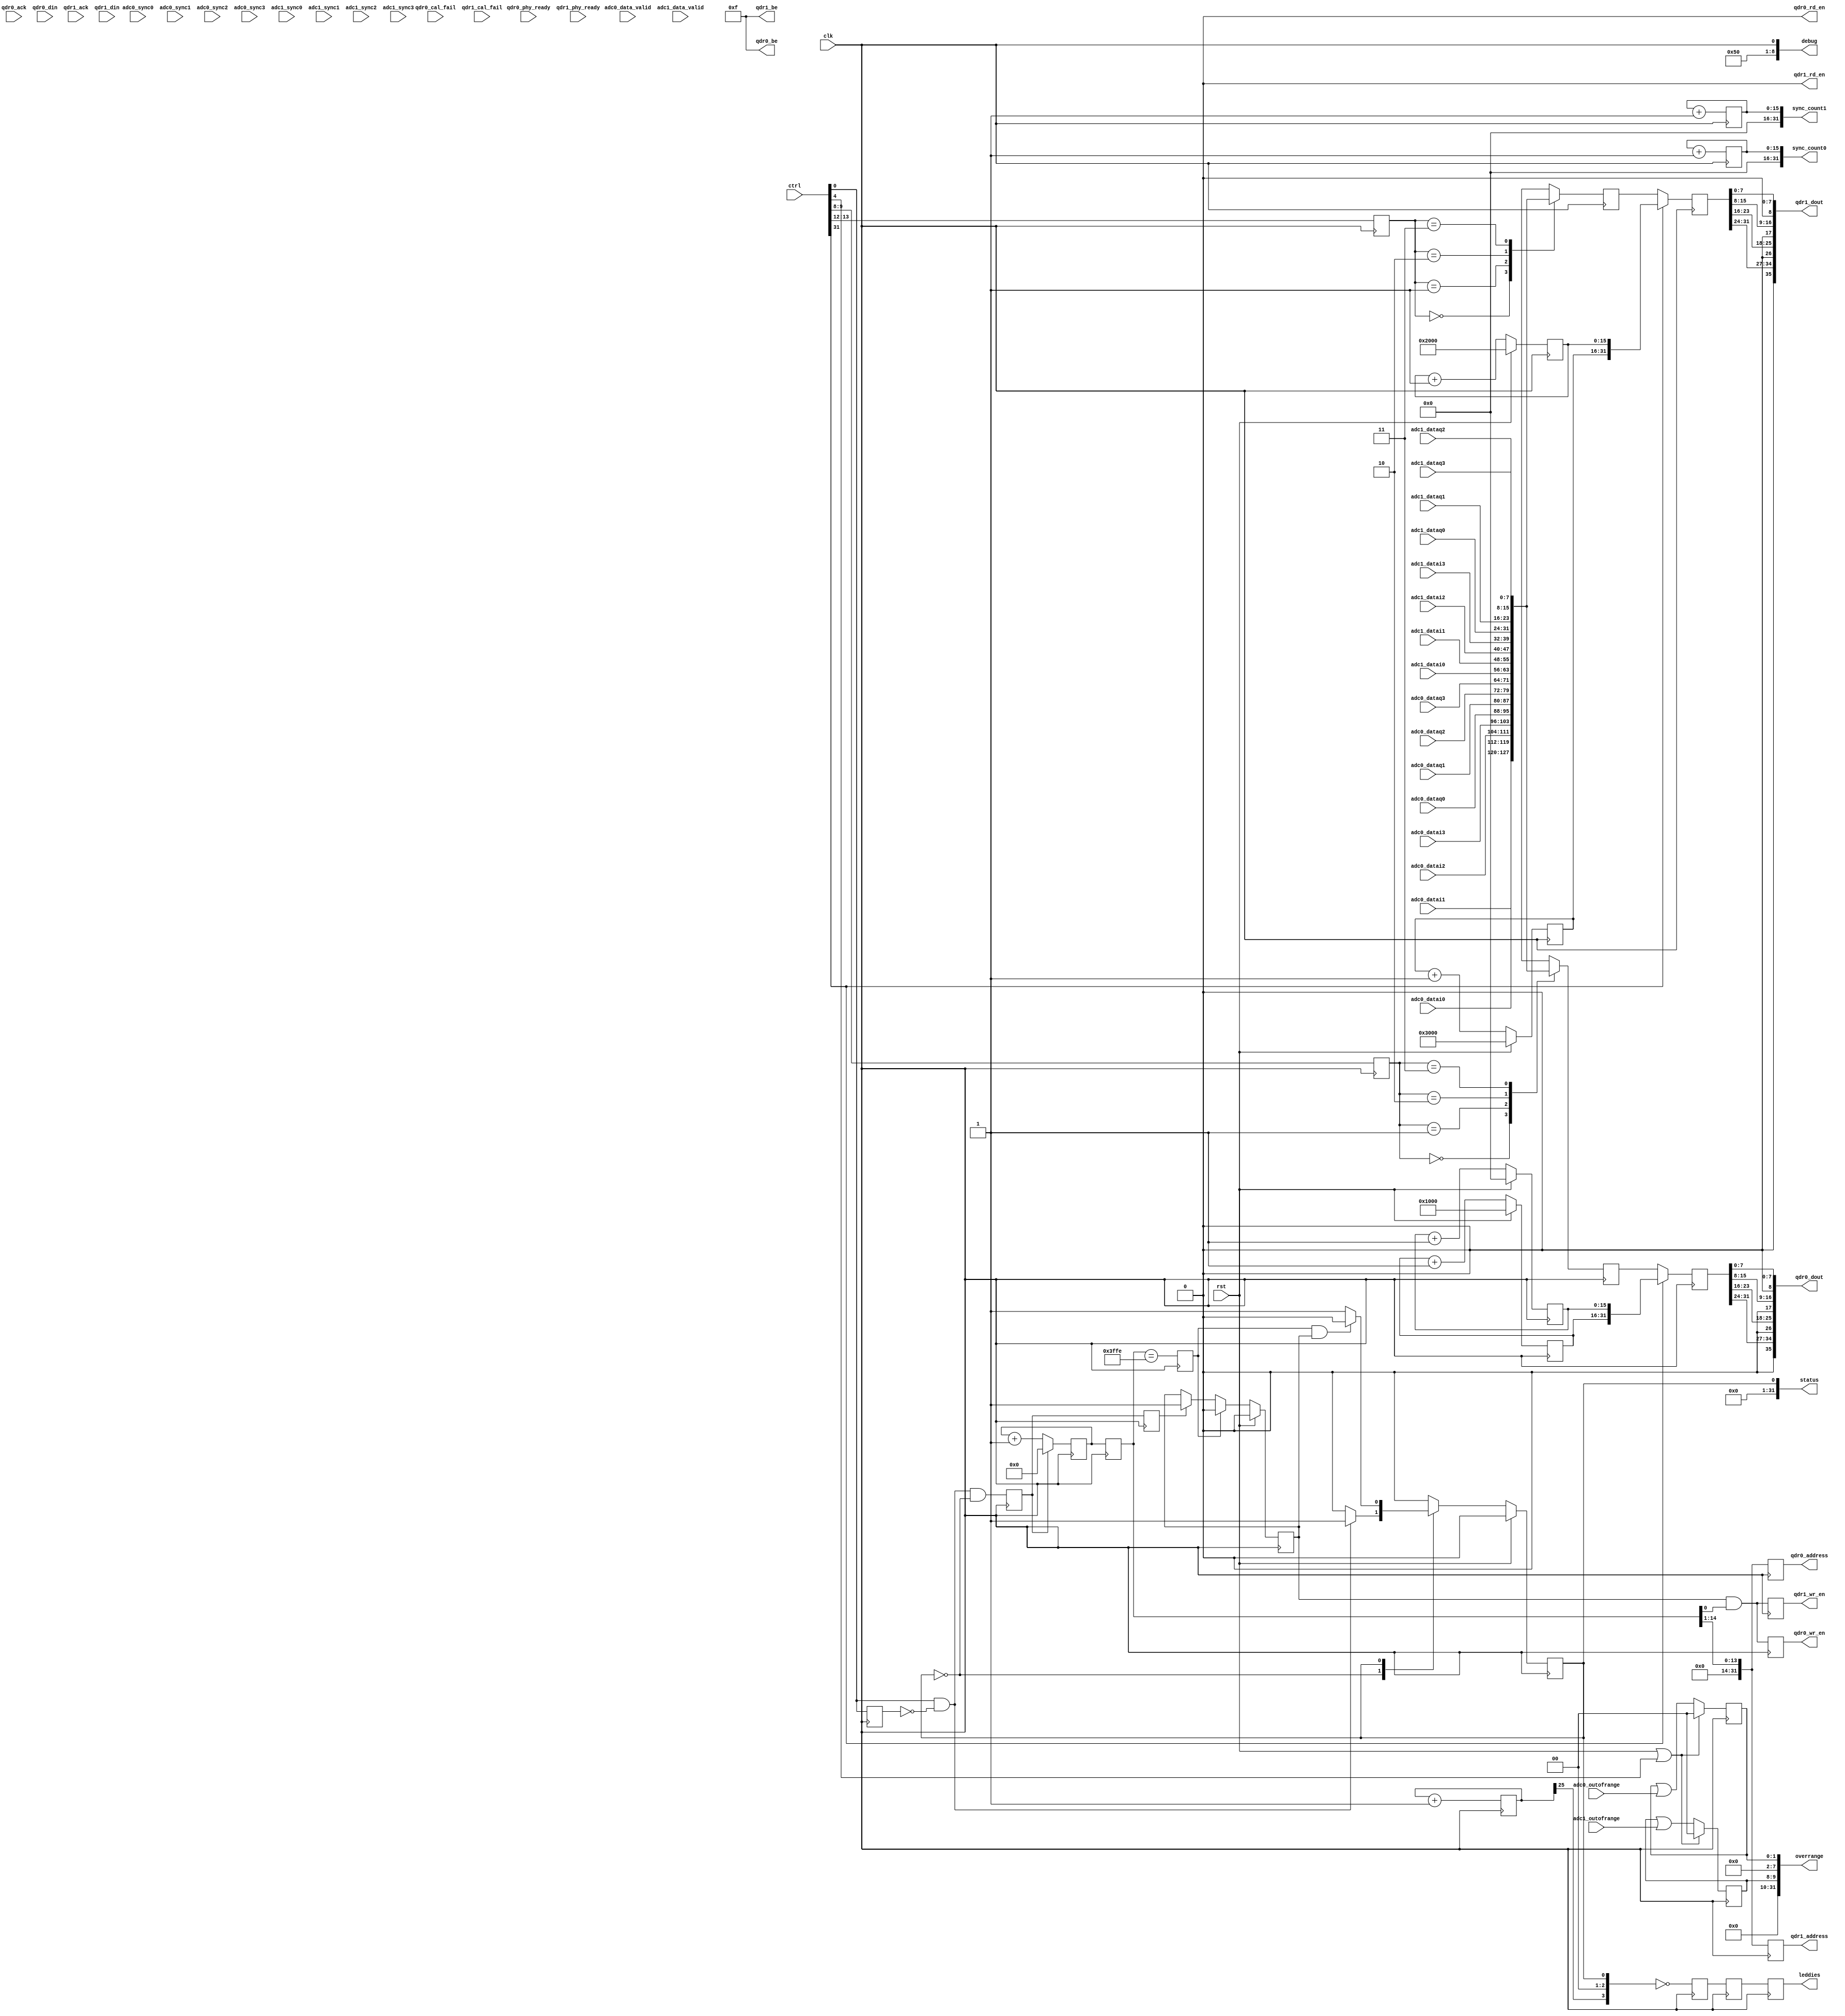
`timescale 1ns/10ps

module kat_adc #(
    parameter QDR_SIZE = 14
  ) (
    input         clk,
    input         rst,

    output  [3:0] leddies,

    /* Status/Control Registers */
    input  [31:0] ctrl,
    output [31:0] overrange,
    output [31:0] status,
    output [31:0] sync_count0,
    output [31:0] sync_count1,

    /* ADC0 */
    input         adc0_data_valid,
    input   [7:0] adc0_datai0,
    input   [7:0] adc0_datai1,
    input   [7:0] adc0_datai2,
    input   [7:0] adc0_datai3,
    input   [7:0] adc0_dataq0,
    input   [7:0] adc0_dataq1,
    input   [7:0] adc0_dataq2,
    input   [7:0] adc0_dataq3,
    input   [1:0] adc0_outofrange,
    input         adc0_sync0,
    input         adc0_sync1,
    input         adc0_sync2,
    input         adc0_sync3,

    /* ADC1 */
    input         adc1_data_valid,
    input   [7:0] adc1_datai0,
    input   [7:0] adc1_datai1,
    input   [7:0] adc1_datai2,
    input   [7:0] adc1_datai3,
    input   [7:0] adc1_dataq0,
    input   [7:0] adc1_dataq1,
    input   [7:0] adc1_dataq2,
    input   [7:0] adc1_dataq3,
    input   [1:0] adc1_outofrange,
    input         adc1_sync0,
    input         adc1_sync1,
    input         adc1_sync2,
    input         adc1_sync3,

    /* QDR0 */
    input         qdr0_ack,
    input         qdr0_cal_fail,
    input  [35:0] qdr0_din,
    input         qdr0_phy_ready,
    output [31:0] qdr0_address,
    output  [3:0] qdr0_be,
    output [35:0] qdr0_dout,
    output        qdr0_rd_en,
    output        qdr0_wr_en,

    /* QDR1 */
    input         qdr1_ack,
    input         qdr1_cal_fail,
    input  [35:0] qdr1_din,
    input         qdr1_phy_ready,
    output [31:0] qdr1_address,
    output  [3:0] qdr1_be,
    output [35:0] qdr1_dout,
    output        qdr1_rd_en,
    output        qdr1_wr_en
    ,output [8:0] debug
  );
  assign debug = {1'b0, 4'b1010, 3'b00, clk};

  /*************** Primary State Machine ****************/

  /* control signals */
  wire        capture_start;
  wire        capture_busy;
  wire        capture_write_done;
  wire  [1:0] buffer0_src;
  wire  [1:0] buffer1_src;

  reg [0:0] state;
  localparam STATE_WAIT  = 0;
  localparam STATE_WRITE = 1;
//synthesis attribute MAX_FANOUT of state is 20

  always @(posedge clk) begin
    if (rst) begin
      state <= STATE_WAIT;
    end else begin
      case (state)
        STATE_WAIT: begin
          if (capture_start) begin
            state <= STATE_WRITE;
          end
        end
        STATE_WRITE: begin
          if (capture_write_done) begin
            state <= STATE_WAIT;
          end
        end
        default: begin
          state <= STATE_WAIT;
        end
      endcase
    end
  end
  assign capture_busy = state != STATE_WAIT;

  /*************** QDR write State Machine ****************/

  reg wr_start;
  always @(posedge clk) begin
    wr_start <= capture_start && state == STATE_WAIT;
  end

  reg [(QDR_SIZE + 1) - 1:0] write_progress;
  always @(posedge clk) begin
    if (wr_start) begin
      write_progress <= 0;
    end else begin
      write_progress <= write_progress + 1;
    end
  end

  reg [(QDR_SIZE + 1)- 1:0] write_progress_z;
  always @(posedge clk) begin
    write_progress_z <= write_progress;
  end

  reg wr_valid;
  reg wr_start_z;
  reg wr_last;
  always @(posedge clk) begin
    wr_start_z <= wr_start;
    if (rst) begin
      wr_valid <= 1'b0;
    end else begin
      if (wr_start_z) begin
        wr_valid <= 1'b1;
      end
      if (wr_last) begin
        wr_valid <= 1'b0;
      end
    end

    wr_last <= write_progress_z == ({QDR_SIZE{1'b1}} - 1);
  end

  assign capture_write_done = wr_last && wr_valid;

  /*********** QDR assignments ***************/

  reg [31:0] qdr0_wr_data;
  reg [31:0] qdr1_wr_data;

  reg [15:0] counter0;
  reg [15:0] counter1;
  reg [15:0] counter2;
  reg [15:0] counter3;

  always @(posedge clk) begin
    if (rst) begin
      counter0 <= 16'h0000;
      counter1 <= 16'h1000;
      counter2 <= 16'h2000;
      counter3 <= 16'h3000;
    end else begin
      counter0 <= counter0 + 1;
      counter1 <= counter1 + 1;
      counter2 <= counter2 + 1;
      counter3 <= counter3 + 1;
    end
  end

  always @(posedge clk) begin
    case (buffer0_src)
      0: qdr0_wr_data <= {adc0_datai0, adc0_datai1, adc0_datai2, adc0_datai3};
      1: qdr0_wr_data <= {adc0_dataq0, adc0_dataq1, adc0_dataq2, adc0_dataq3};
      2: qdr0_wr_data <= {adc1_datai0, adc1_datai1, adc1_datai2, adc1_datai3};
      3: qdr0_wr_data <= {adc1_dataq0, adc1_dataq1, adc1_dataq2, adc1_dataq3};
    endcase
    case (buffer1_src)
      0: qdr1_wr_data <= {adc0_datai0, adc0_datai1, adc0_datai2, adc0_datai3};
      1: qdr1_wr_data <= {adc0_dataq0, adc0_dataq1, adc0_dataq2, adc0_dataq3};
      2: qdr1_wr_data <= {adc1_datai0, adc1_datai1, adc1_datai2, adc1_datai3};
      3: qdr1_wr_data <= {adc1_dataq0, adc1_dataq1, adc1_dataq2, adc1_dataq3};
    endcase
  end

  reg [31:0] qdr0_wr_data_z;
  reg [31:0] qdr1_wr_data_z;

  always @(posedge clk) begin
    qdr0_wr_data_z <= ctrl[31] ? {counter1, counter0} : qdr0_wr_data;
    qdr1_wr_data_z <= ctrl[31] ? {counter3, counter2} : qdr1_wr_data;
  end

  reg [31:0] qdr0_addr;
  reg [31:0] qdr1_addr;

  always @(posedge clk) begin
    qdr0_addr <= write_progress_z[QDR_SIZE:1];
    qdr1_addr <= write_progress_z[QDR_SIZE:1];
  end

  reg qdr0_wr;
  reg qdr1_wr;

  always @(posedge clk) begin
    qdr0_wr <= wr_valid && write_progress_z[0];
    qdr1_wr <= wr_valid && write_progress_z[0];
  end

  assign qdr0_address = qdr0_addr;
  assign qdr0_be      = 4'b1111;
  assign qdr0_dout    = {1'b0, qdr0_wr_data_z[31:24], 1'b0, qdr0_wr_data_z[23:16], 1'b0, qdr0_wr_data_z[15:8], 1'b0, qdr0_wr_data_z[7:0]};
  assign qdr0_rd_en   = 1'b0;
  assign qdr0_wr_en   = qdr0_wr;

  assign qdr1_address = qdr1_addr;
  assign qdr1_be      = 4'b1111;
  assign qdr1_dout    = {1'b0, qdr1_wr_data_z[31:24], 1'b0, qdr1_wr_data_z[23:16], 1'b0, qdr1_wr_data_z[15:8], 1'b0, qdr1_wr_data_z[7:0]};
  assign qdr1_rd_en   = 1'b0;
  assign qdr1_wr_en   = qdr1_wr;

  /*********** Leddies ************/

  reg [3:0] leddies_reg;
  reg [3:0] leddies_regR;  //extra register for iobuf
  reg [3:0] leddies_regRR; //extra register for routing overhead

  //sythesis attribute KEEP of leddies_reg   is TRUE
  //sythesis attribute KEEP of leddies_regR  is TRUE
  //sythesis attribute KEEP of leddies_regRR is TRUE
  //synthesis attribute shreg_extract of leddies_reg   is NO
  //synthesis attribute shreg_extract of leddies_regR  is NO
  //synthesis attribute shreg_extract of leddies_regRR is NO

  // make sure the stupid synthesis bastard compiler doesn't change my registers into a shifter - FFFFFFFFFFFUUUUUUU...

  reg [25:0] flasher;
  always @(posedge clk) begin
    flasher <= flasher + 1;
  end

  always @(posedge clk) begin
    leddies_reg  <= ~{flasher[25], 2'b00, state};
    leddies_regR <= leddies_reg;
    leddies_regRR <= leddies_regR;
  end
  assign leddies = leddies_regRR;

  /****** Control ******/

  /* Capture on positive edge on ctrl[0] */

  wire usr_capture_start = ctrl[0];
  reg usr_capture_start_z;

  always @(posedge clk) begin
    usr_capture_start_z <= usr_capture_start;
  end
  assign capture_start = usr_capture_start && !usr_capture_start_z;
  
  /* Buffer Source Control */

  reg [1:0] buf0_src;
  reg [1:0] buf1_src;
  always @(posedge clk) begin
    buf0_src <= ctrl[9:8];
    buf1_src <= ctrl[13:12];
  end
  assign buffer0_src = buf0_src;
  assign buffer1_src = buf1_src;

  /* Over-range latch */

  reg [1:0] overrange0;
  reg [1:0] overrange1;

  always @(posedge clk) begin
    if (rst || ctrl[4]) begin
      overrange0 <= 2'b0;
      overrange1 <= 2'b0;
    end else begin
      overrange0 <= overrange0 | adc0_outofrange;
      overrange1 <= overrange1 | adc1_outofrange;
    end
  end
  assign overrange = {16'b0, 6'b0, overrange1, 6'b0, overrange0};

  /********** Status *********/
  assign status = {31'b0, capture_busy};

  /******* Sync counter ******/
  wire sync0 =  adc0_sync0 || adc0_sync1 || adc0_sync2 || adc0_sync3;
  wire sync1 =  adc1_sync0 || adc1_sync1 || adc1_sync2 || adc1_sync3;

  reg sync0_z;
  reg sync1_z;

  always @(posedge clk) begin
    sync0_z <= sync0;
    sync1_z <= sync1;
  end

  reg [15:0] sync_counter0;
  reg [15:0] sync_counter1;

  always @(posedge clk) begin
    sync_counter0 <= sync_counter0 + 1;
    sync_counter1 <= sync_counter1 + 1;
  end

  assign sync_count0 = sync_counter0;
  assign sync_count1 = sync_counter1;

endmodule